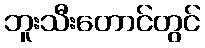
ဘူးသီးတောင်တွင်